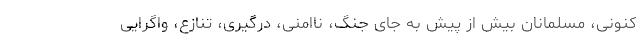
کنونی، مسلمانان بیش از پیش به جای جنگ، ناامنی، درگیری، تنازع، واگرایی